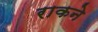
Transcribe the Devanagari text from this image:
राकने